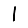
Digit: 1